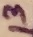
Text: 13